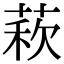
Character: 𦳫